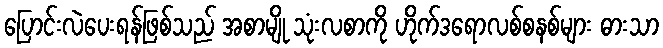
ပြောင်းလဲပေးရန်ဖြစ်သည် အစာမျို သုံးလစာကို ဟိုက်ဒရောလစ်စနစ်များ ဓားသာ